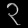
Digit: ၃